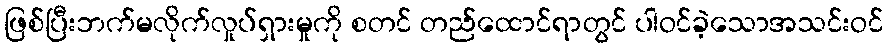
ဖြစ်ပြီးဘက်မလိုက်လှုပ်ရှားမှုကို စတင် တည်ထောင်ရာတွင် ပါဝင်ခဲ့သောအသင်းဝင်